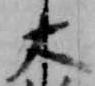
大